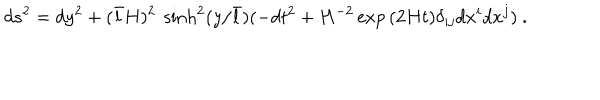
d s ^ { 2 } = d y ^ { 2 } + ( \bar { l } H ) ^ { 2 } \ \sinh ^ { 2 } ( y / \bar { l } ) ( - d t ^ { 2 } + H ^ { - 2 } \exp { ( 2 H t ) } \delta _ { i j } d x ^ { i } d x ^ { j } ) \ .